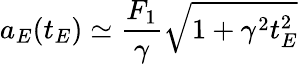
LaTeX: a_{E}(t_{E})\simeq\frac{F_{1}}{\gamma}\sqrt{1+\gamma^{2}t_{E}^{2}}